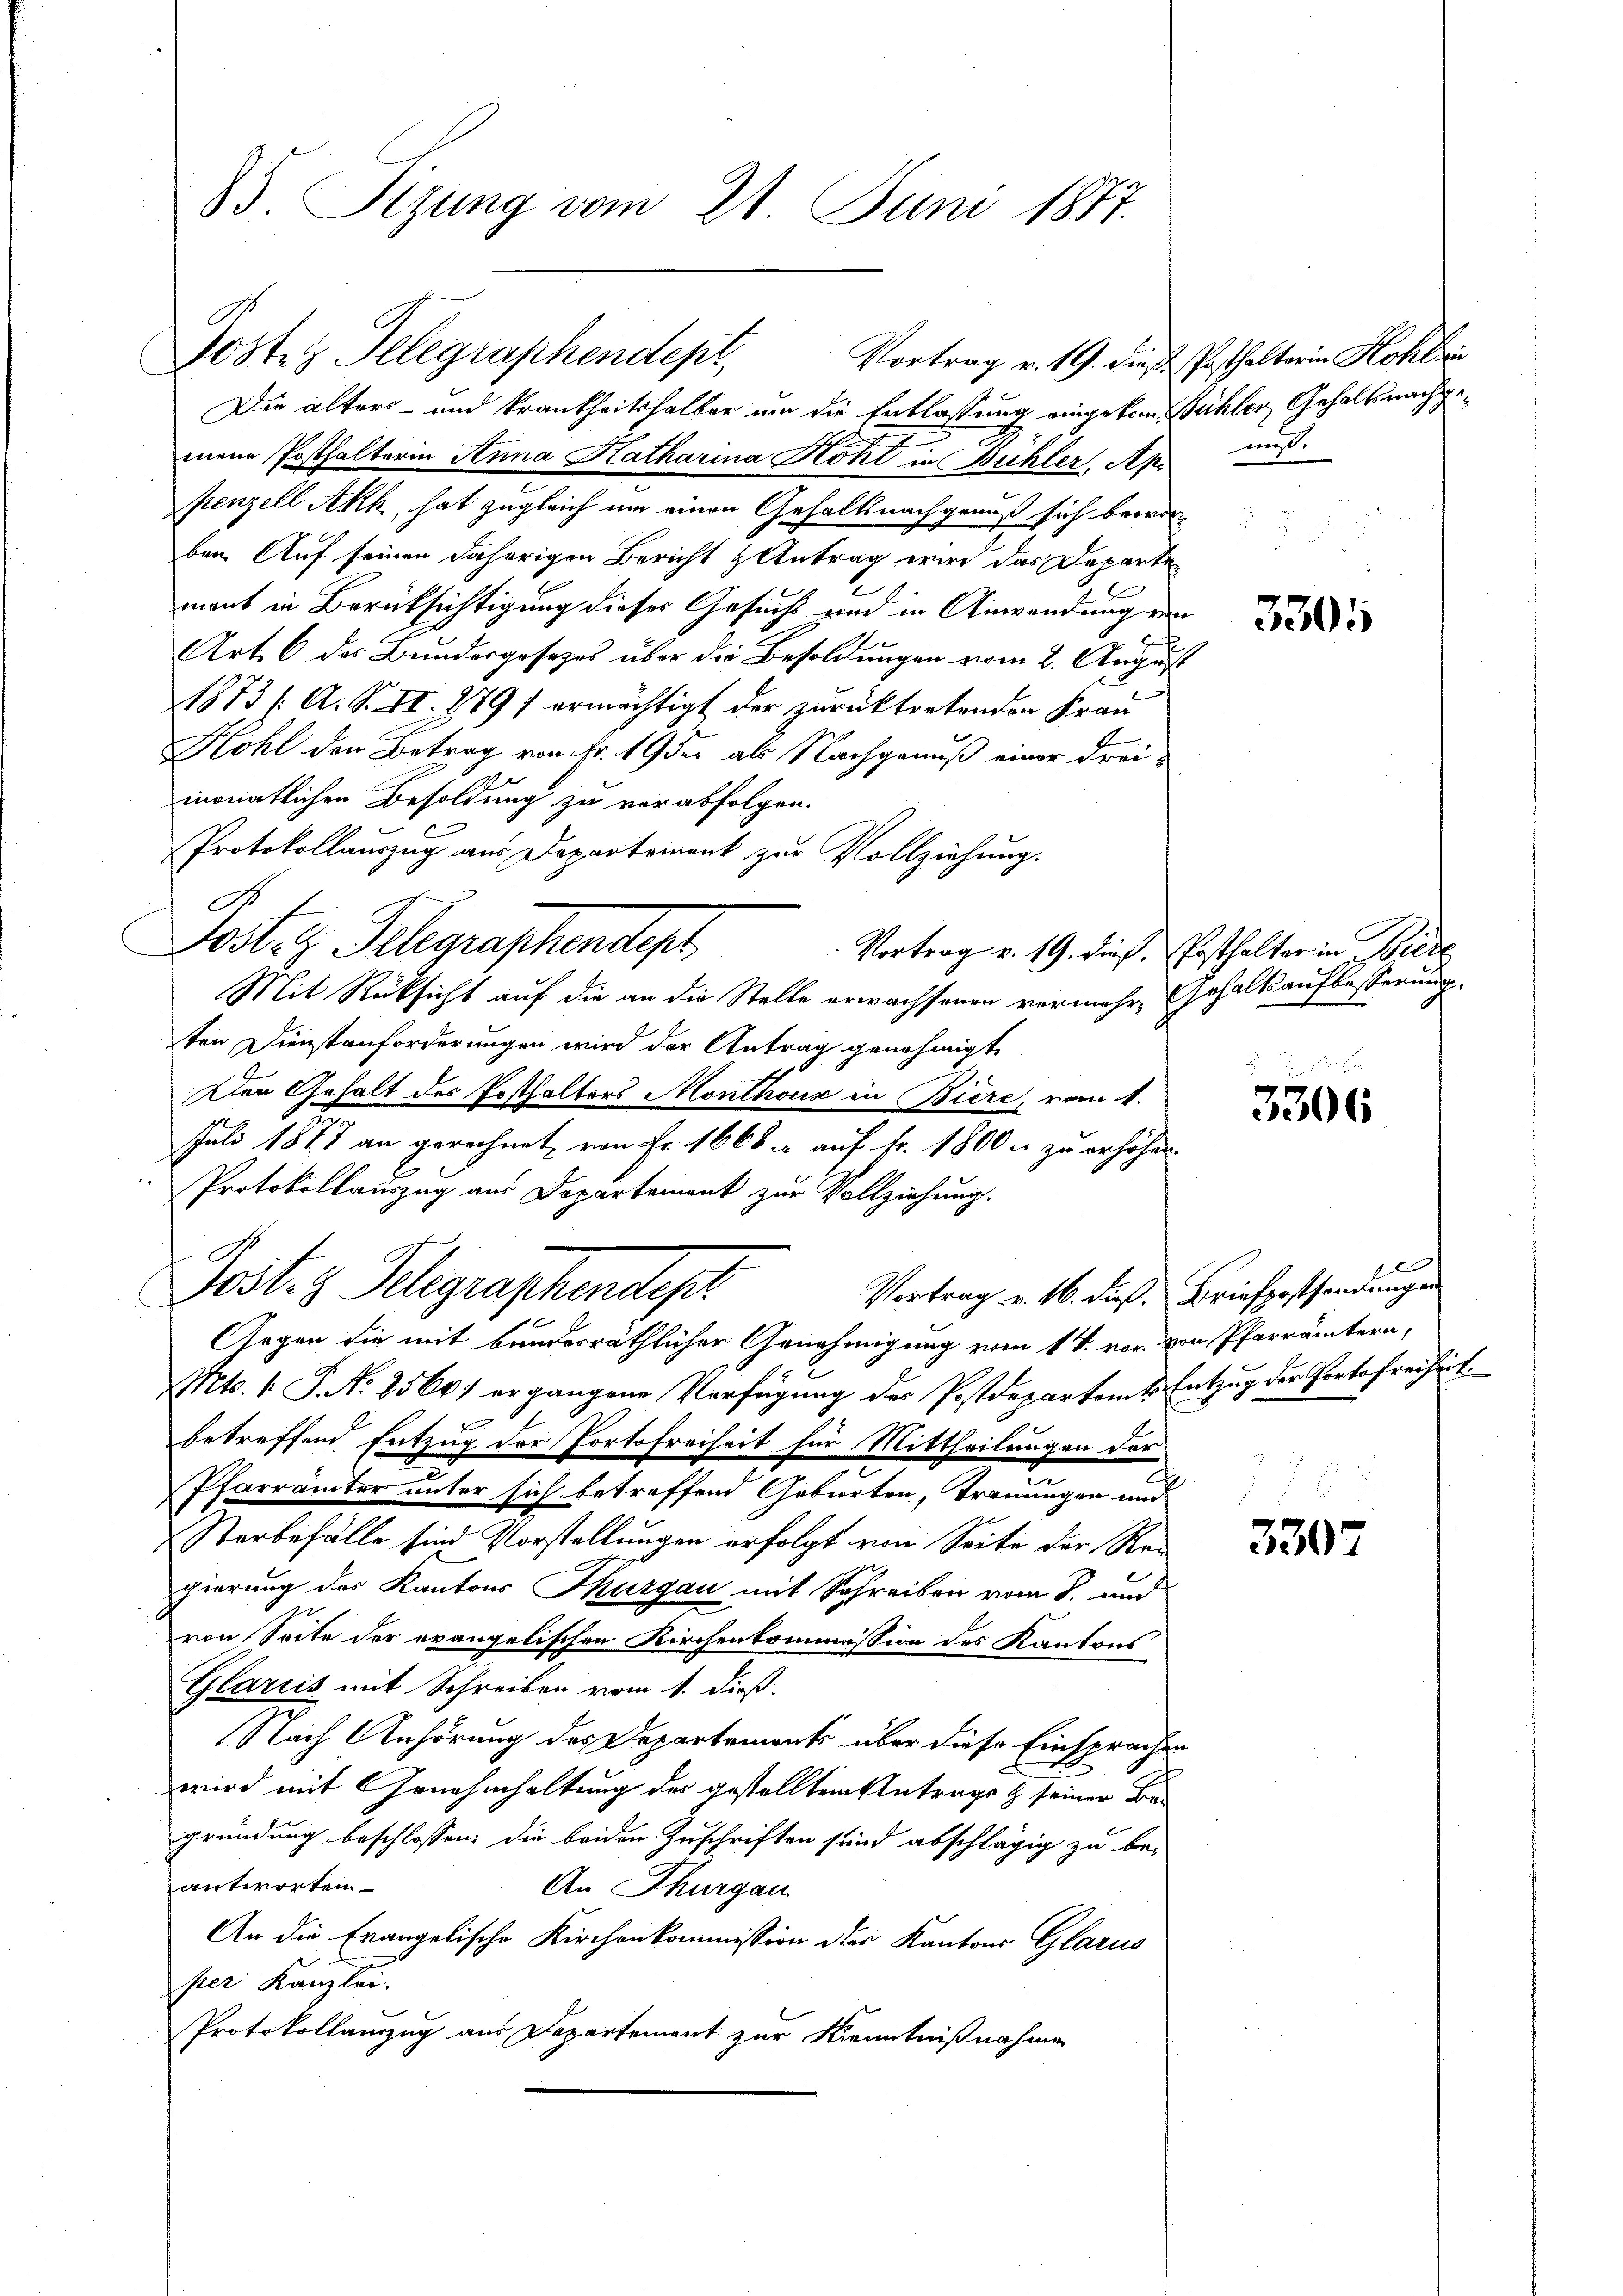
85. Sizung vom 21. Juni 1887.

Poste z. Telegraphendept,

Die alters- und krankheitshalber um die Entlassung eingekomühler Gehalts nachgemene Posthalterin Anna Katharina Hohl in Bühler, Ap aus.
penzell Akk, hat zugleich um einen Gehaltsnachgenuß sich beerden
ben. Auf seinen daherigen Bericht & Antrag wird das Departe
l
mant in Berücksichtigung dieses Gesuchs und in Anwendung von
Art. 6 des Bundergesezes über die Besoldungen vom 2. August
1873 /A. S. II. 879 / ermächtigt der zurücktretenden Frau
Hohl den Betrag von Fr. 19 der als Nachgenuß einer dreimonatlichen Besoldung zu verabfolgen.
Protokollauszug aus Departement zur Vollziehung.
A
tost es Telegraschendept
Vortrag v. 19. dies, Posthalter in Biede
Mit Rücksicht auf die an die Stelle erwachsenen vermehr Erhaltsaufbesserung.
ten Dienstenforderungen wird der Antrag genehmigt
ten Gehalt des Ersthalters Monthous in Biere, vom 1.
Juli 1877 an gerechnet, von Fr. 1668 auf Fr. 1800 u. zu erhöhen.
Protokollauszug aus Departement zur Vollziehung.
Post z. Belegraphendesch
Vortrag v. 16. dieß. Briefpossendungen
Gegen die mit bundesräthlicher Genehmigung vom 14. vor von Pfarrämtern,
Mts. k. P. Nr. 2566) ergangene Verfügung des Postdepartamts Entzug der Portofreiheit.
betreffend Entzug der Portofreiheit für Mittheilungen der
Pfarrämter unter sich betreffend Geburten, Trennungen und
Sterbefälle sind Vorstellungen erfolgt von Seite der Rei
gierung des Kantons Thurgau mit Schreiben vom 8. und
von Seite der orangelischen Kirchenkommission des Kantons
Glarus mit Schreiben vom 1. dieß.
Nach Anhörung des Departements über diese Einsprachen
wird mit Genehmhaltung der gestelltem Antrags & seiner Be-
gründung beschlossen: die beiden Zuschriften sind abschlägig zu be-
antworten
An Thurgau
An die Evangelische Kirchenkommission der Kantons Glarus
per Kanzlei.
Protokollanzug aus Departement zur Kenntnißnahmen

Vortrag v. 19. dieß Posthalterin Hohleri

3305

3306

3307